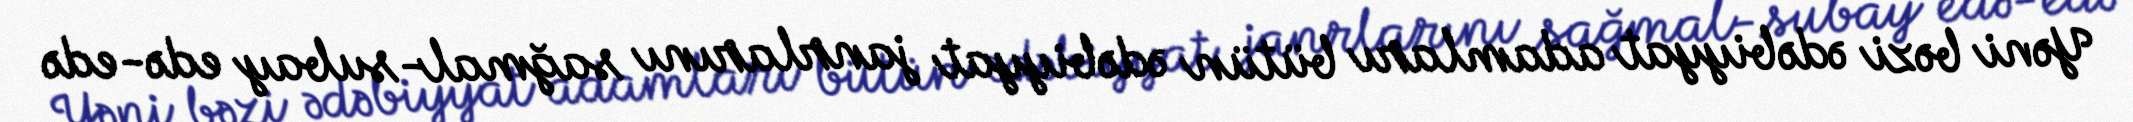
Yəni bəzi ədəbiyyat adamları bütün ədəbiyyat janrlarını sağmal-subay edə-edə